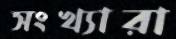
সংখ্যারা